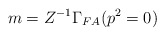
\begin{align*}m = Z^{-1} \Gamma _{FA} (p^2 = 0)\end{align*}